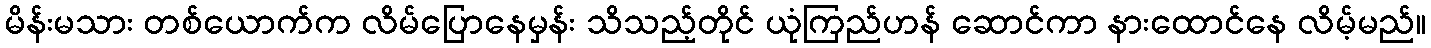
မိန်းမသား တစ်ယောက်က လိမ်ပြောနေမှန်း သိသည့်တိုင် ယုံကြည်ဟန် ဆောင်ကာ နားထောင်နေ လိမ့်မည်။